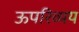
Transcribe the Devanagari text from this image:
ऊपरिव्यय